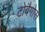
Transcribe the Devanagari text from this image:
टोबैगोसे